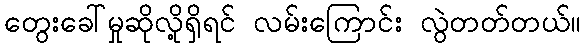
တွေးခေါ်မှုဆိုလို့ရှိရင် လမ်းကြောင်း လွဲတတ်တယ်။